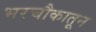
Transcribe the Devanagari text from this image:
भरचौकातून